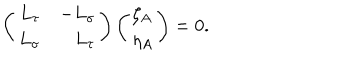
LaTeX: \left( \begin{array} { r r } { { L _ { \tau } } } & { { - L _ { \sigma } } } \\ { { L _ { \sigma } } } & { { L _ { \tau } } } \\ \end{array} \right) \left( \begin{array} { l } { { \zeta _ { A } } } \\ { { \eta _ { A } } } \\ \end{array} \right) = 0 .